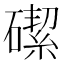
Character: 𪿶